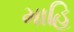
માહિ